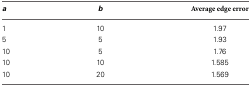
| a | b | Average edge error |
 | --- | --- | --- |
 | 1 | 10 | 1.97 |
 | 5 | 5 | 1.93 |
 | 10 | 5 | 1.76 |
 | 10 | 10 | 1.585 |
 | 10 | 20 | 1.569 |